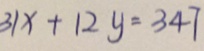
3 1 x + 1 2 y = 3 4 7